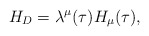
\begin{align*}H_D=\lambda^\mu(\tau)H_\mu(\tau), \end{align*}